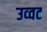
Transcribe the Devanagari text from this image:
उव्‍वट